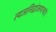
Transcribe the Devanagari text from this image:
त्यजनिद्रांजगत्पते।